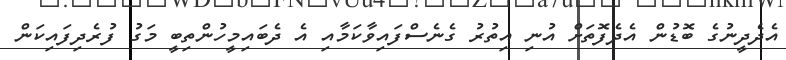
އެދެދީނުގެ ބޮޑުން އެދެފޮތަށް އުނި އިތުރު ގެނެސްފައިވާކަމާއި އެ ދެބައިމީހުންތިބީ މަގު ފުރެދިފައިކަން